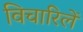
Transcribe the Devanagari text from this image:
विचारिलें